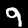
Digit: 9